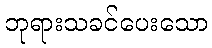
ဘုရားသခင်ပေးသော